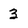
Character: 3